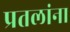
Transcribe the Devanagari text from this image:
प्रतलांना